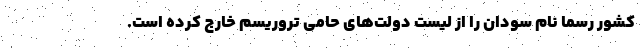
کشور رسماً نام سودان را از لیست دولت‌های حامی تروریسم خارج کرده است.